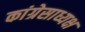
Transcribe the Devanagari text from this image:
कांग्रेसाध्यक्ष